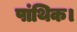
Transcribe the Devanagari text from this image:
पांथिक।